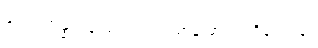
၄၂၂။ အန္နံ ပါနံ ဃရံ ဝတ္ထံ၊ ယာနံ မာလာ ဝိလေပနံ။